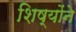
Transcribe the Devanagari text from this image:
शिष्योंने